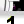
Digit: 1